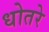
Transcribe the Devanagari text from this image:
धोतरे